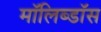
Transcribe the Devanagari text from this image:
मॉलिब्डॉस